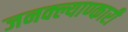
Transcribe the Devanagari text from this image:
जनक्ल्याण्कारी